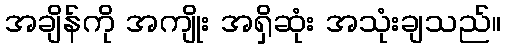
အချိန်ကို အကျိုး အရှိဆုံး အသုံးချသည်။